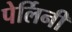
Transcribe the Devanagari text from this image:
पेर्लिनी